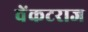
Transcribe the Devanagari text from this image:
वेंकटराज